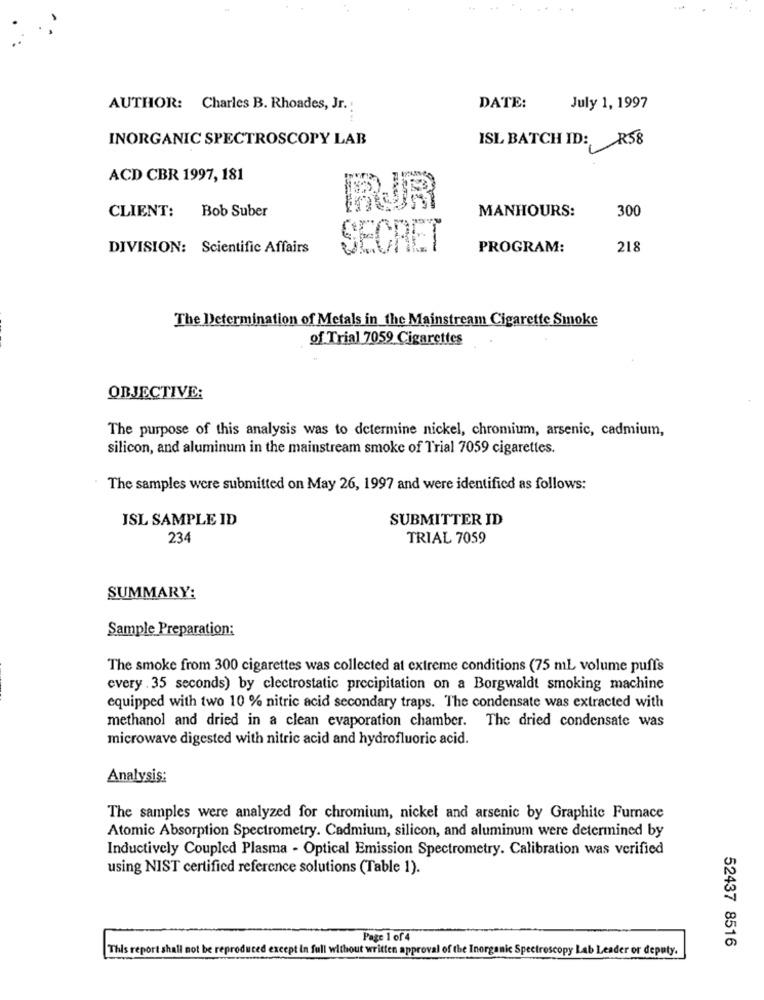
AUTHOR: Charles B. Rhoades, Jr.
DATE:
July 1, 1997
INORGANIC SPECTROSCOPY LAB
ISL BATCH ID: R58
ACD CBR 1997, 181
CLIENT:
Bob Suber
BUR
MANHOURS:
300
DIVISION: Scientific Affairs
SECRET
PROGRAM:
218
The Determination of Metals in the Mainstream Cigarette Smoke
of Trial 7059 Cigarettes
OBJECTIVE:
The purpose of this analysis was to determine nickel, chromium, arsenic, cadmium,
silicon, and aluminum in the mainstream smoke of Trial 7059 cigarettes.
The samples were submitted on May 26, 1997 and were identified as follows:
ISL SAMPLE ID
SUBMITTER ID
234
TRIAL 7059
SUMMARY:
Sample Preparation:
The smoke from 300 cigarettes was collected at extreme conditions (75 ml volume puffs
every . 35 seconds) by clectrostatic precipitation on a Borgwaldt smoking machine
equipped with two 10 % nitric acid secondary traps. The condensate was extracted with
methanol and dried in a clean evaporation chamber. The dried condensate was
microwave digested with nitric acid and hydrofluoric acid.
Analysis:
The samples were analyzed for chromium, nickel and arsenic by Graphite Furnace
Atomic Absorption Spectrometry. Cadmium, silicon, and aluminum were determined by
Inductively Coupled Plasma - Optical Emission Spectrometry. Calibration was verified
using NIST certified reference solutions (Table 1).
Page 1 of 4
52437 8516
This report shall not be reproduced except in full without written approval of the Inorganic Spectroscopy Lab Leader or deputy.